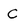
Character: c